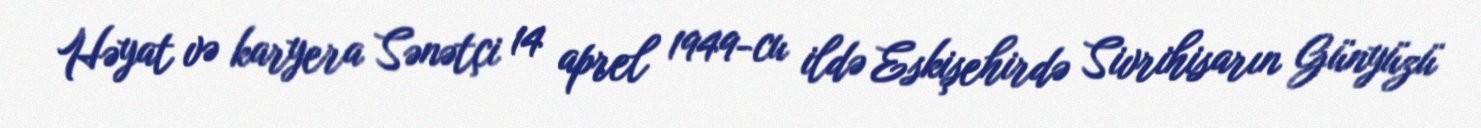
Həyat və karyera Sənətçi 14 aprel 1949-cu ildə Eskişehirdə Sivrihisarın Günyüzü